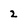
Character: 2